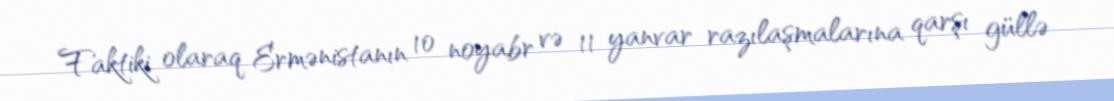
Faktiki olaraq Ermənistanın 10 noyabr və 11 yanvar razılaşmalarına qarşı güllə